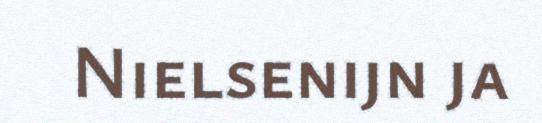
Nielsenijn ja